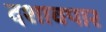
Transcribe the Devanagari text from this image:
दशावपार